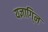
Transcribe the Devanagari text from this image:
यज्ञागि्न